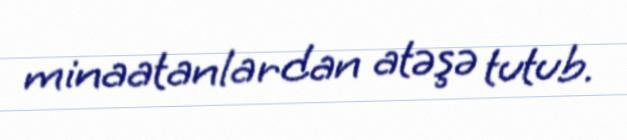
minaatanlardan atəşə tutub.